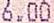
6.00